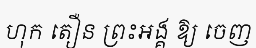
ហុក តឿន ព្រះអង្គ ឱ្យ ចេញ